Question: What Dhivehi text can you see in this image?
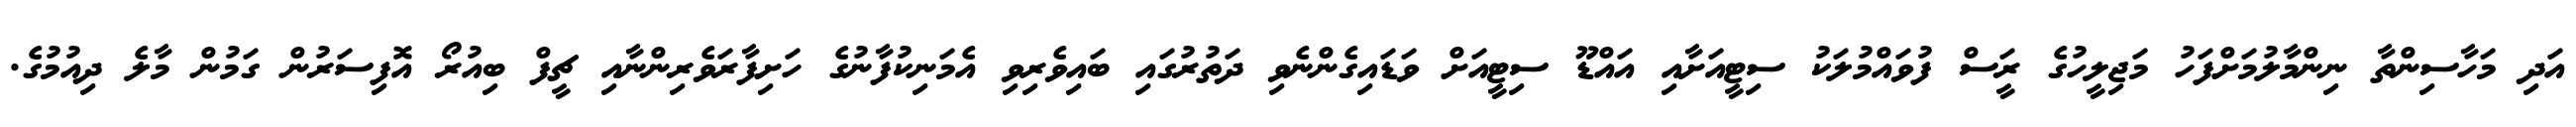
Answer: އަދި މަހާސިންތާ ނިންމާލުމަށްފަހު މަޖިލީހުގެ ރަީސް ފުވައްމުލަކު ސިޓީއަށާއި އައްޑޫ ސިޓީއަށް ވަޑައިގެންނެވި ދަތުރުގައި ބައިވެރިވި އެމަނިކުފާނުގެ ހަށިފާރަވެރިންނާއި ޗީފް ބިއުރޯ އޮފިސަރުން ގަމުން މާލެ ދިއުމުގެ.